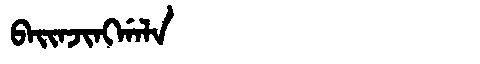
Manchu: ᠪᠠᡳᠨᠵᡳᠩᡤᠠᠯᠠ
Romanization: BAINJINGGALA